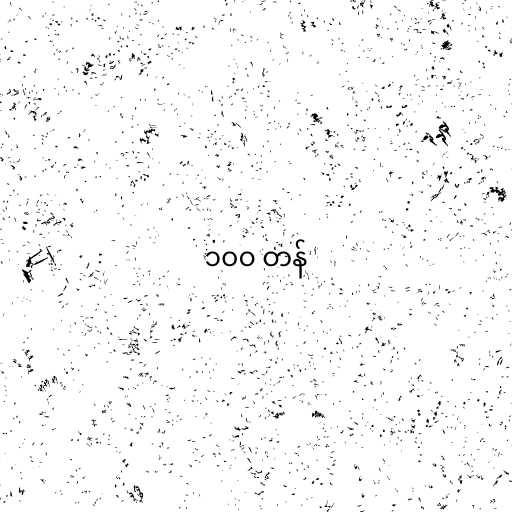
၁၀၀ တန်